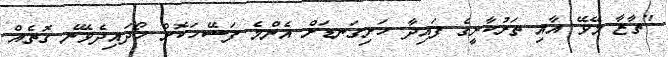
"ތާޒާ މޭވޭ އާއި ތަރުކާރީގެ ފައިދާ ހަށިގަނޑަށް އެންމެ ފަސޭހަކޮށް ހޯދައިދެވޭނެ ގޮތެއް